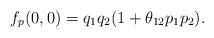
LaTeX: \begin{align*}f_p(0,0)= q_1q_2(1+\theta_{12}p_1p_2).\end{align*}